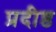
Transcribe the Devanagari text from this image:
प्रदीष्ठ